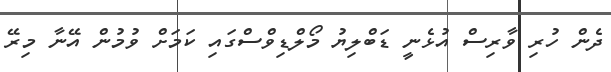
ދެން ހުރި ވާރިސް އުޅެނީ ޑަބްލިޔު މޯލްޑިވްސްގައި ކަމަށް ވުމުން އޭނާ މިރޭ